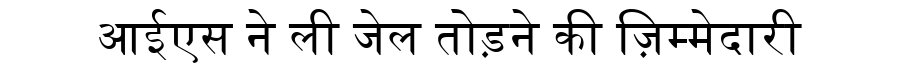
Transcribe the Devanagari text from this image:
आईएस ने ली जेल तोड़ने की ज़िम्मेदारी